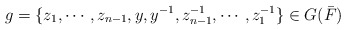
\begin{align*}g = \{z_{1}, \cdots, z_{n-1}, y, y^{-1}, z_{n-1}^{-1}, \cdots, z_{1}^{-1} \} \in G(\bar{F})\end{align*}